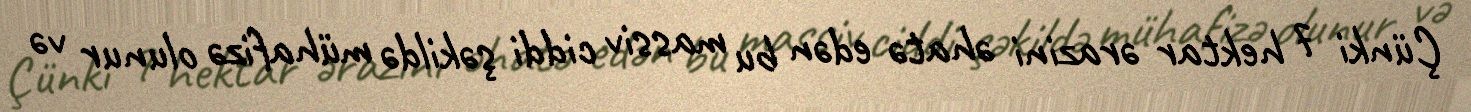
Çünki 7 hektar ərazini əhatə edən bu massiv ciddi şəkildə mühafizə olunur və